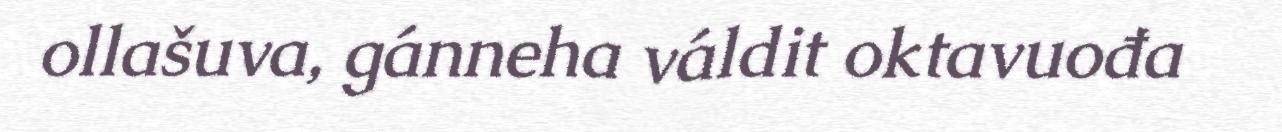
ollašuva, gánneha váldit oktavuođa